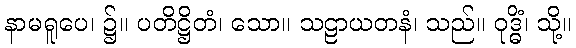
နာမရူပေ၊ ၌။ ပတိဋ္ဌိတံ၊ သော။ သဠာယတနံ၊ သည်။ ဝုဒ္ဓိံ၊ သို့။